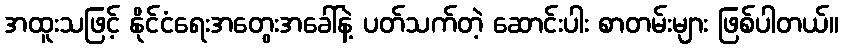
အထူးသဖြင့် နိုင်ငံရေးအတွေးအခေါ်နဲ့ ပတ်သက်တဲ့ ဆောင်းပါး စာတမ်းများ ဖြစ်ပါတယ်။